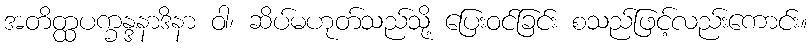
အတိတ္ထပက္ခန္ဒနာဒိနာ ဝါ၊ ဆိပ်မဟုတ်သည်သို့ ပြေးဝင်ခြင်း စသည်ဖြင့်လည်းကောင်း။